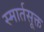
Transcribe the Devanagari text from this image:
स्मार्तसूक्त